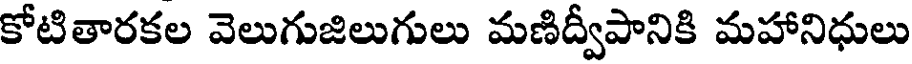
కోటితారకల వెలుగుజిలుగులు మణిద్వీపానికి మహానిధులు